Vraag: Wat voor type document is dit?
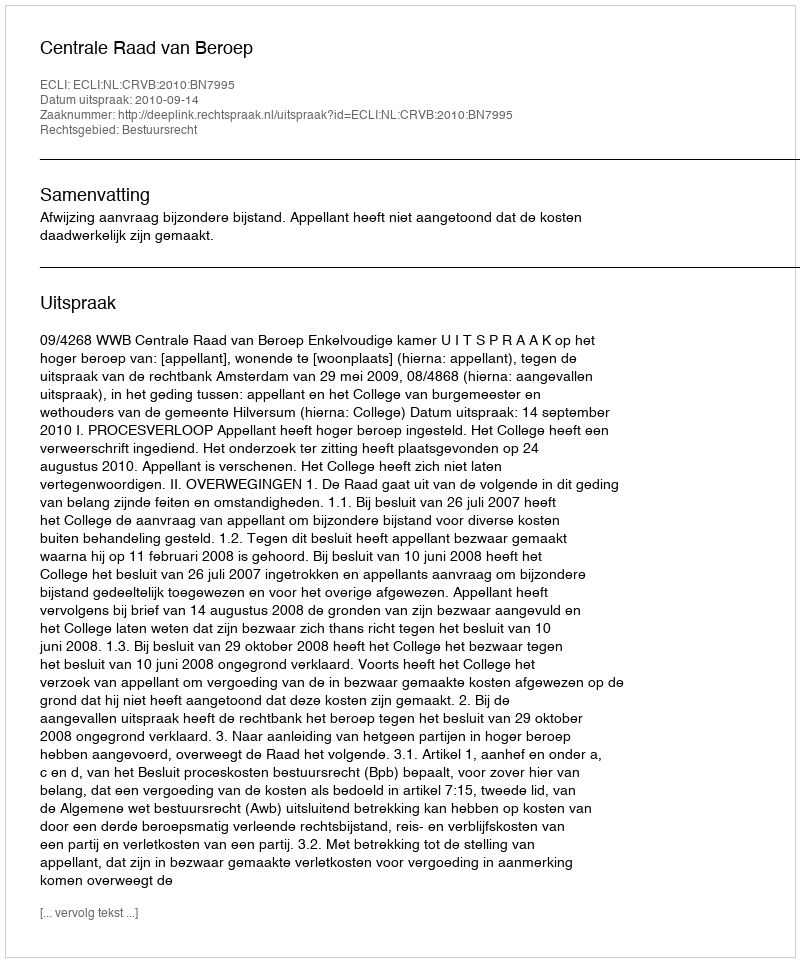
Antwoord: Uitspraak